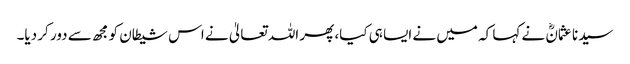
سیدنا عثمانؓ نے کہا کہ میں نے ایسا ہی کیا، پھر اللہ تعالیٰ نے اس شیطان کو مجھ سے دور کر دیا۔